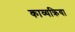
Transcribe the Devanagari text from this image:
काव्यक्रिया